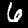
Label: 6